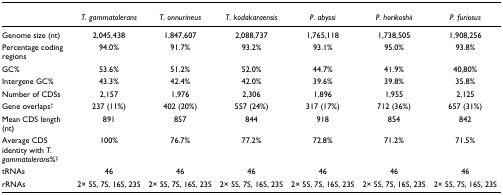
<table><thead><tr><td></td><td><b><i>T. gammatolerans</i></b></td><td><b><i>T. onnurineus</i></b></td><td><b><i>T. kodakaraensis</i></b></td><td><b><i>P. abyssi</i></b></td><td><b><i>P. horikoshii</i></b></td><td><b><i>P. furiosus</i></b></td></tr></thead><tbody><tr><td>Genome size (nt)</td><td>2,045,438</td><td>1,847,607</td><td>2,088,737</td><td>1,765,118</td><td>1,738,505</td><td>1,908,256</td></tr><tr><td>Percentage coding regions</td><td>94.0%</td><td>91.7%</td><td>93.2%</td><td>93.1%</td><td>95.0%</td><td>93.8%</td></tr><tr><td>GC%</td><td>53.6%</td><td>51.2%</td><td>52.0%</td><td>44.7%</td><td>41.9%</td><td>40,80%</td></tr><tr><td>Intergene GC%</td><td>43.3%</td><td>42.4%</td><td>42.0%</td><td>39.6%</td><td>39.8%</td><td>35.8%</td></tr><tr><td>Number of CDSs</td><td>2,157</td><td>1,976</td><td>2,306</td><td>1,896</td><td>1,955</td><td>2,125</td></tr><tr><td>Gene overlaps<sup>†</sup></td><td>237 (11%)</td><td>402 (20%)</td><td>557 (24%)</td><td>317 (17%)</td><td>712 (36%)</td><td>657 (31%)</td></tr><tr><td>Mean CDS length (nt)</td><td>891</td><td>857</td><td>844</td><td>918</td><td>854</td><td>842</td></tr><tr><td>Average CDS identity with <i>T. gammatolerans</i>%<sup>‡</sup></td><td>100%</td><td>76.7%</td><td>77.2%</td><td>72.8%</td><td>71.2%</td><td>71.5%</td></tr><tr><td>tRNAs</td><td>46</td><td>46</td><td>46</td><td>46</td><td>46</td><td>46</td></tr><tr><td>rRNAs</td><td>2× 5S, 7S, 16S, 23S</td><td>2× 5S, 7S, 16S, 23S</td><td>2× 5S, 7S, 16S, 23S</td><td>2× 5S, 7S, 16S, 23S</td><td>2× 5S, 7S, 16S, 23S</td><td>2× 5S, 7S, 16S, 23S</td></tr></tbody></table>